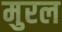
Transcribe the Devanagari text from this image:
मुरल